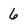
Character: 6